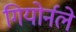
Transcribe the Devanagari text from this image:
गियोर्नले